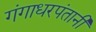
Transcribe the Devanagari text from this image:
गंगाधरपंतानी